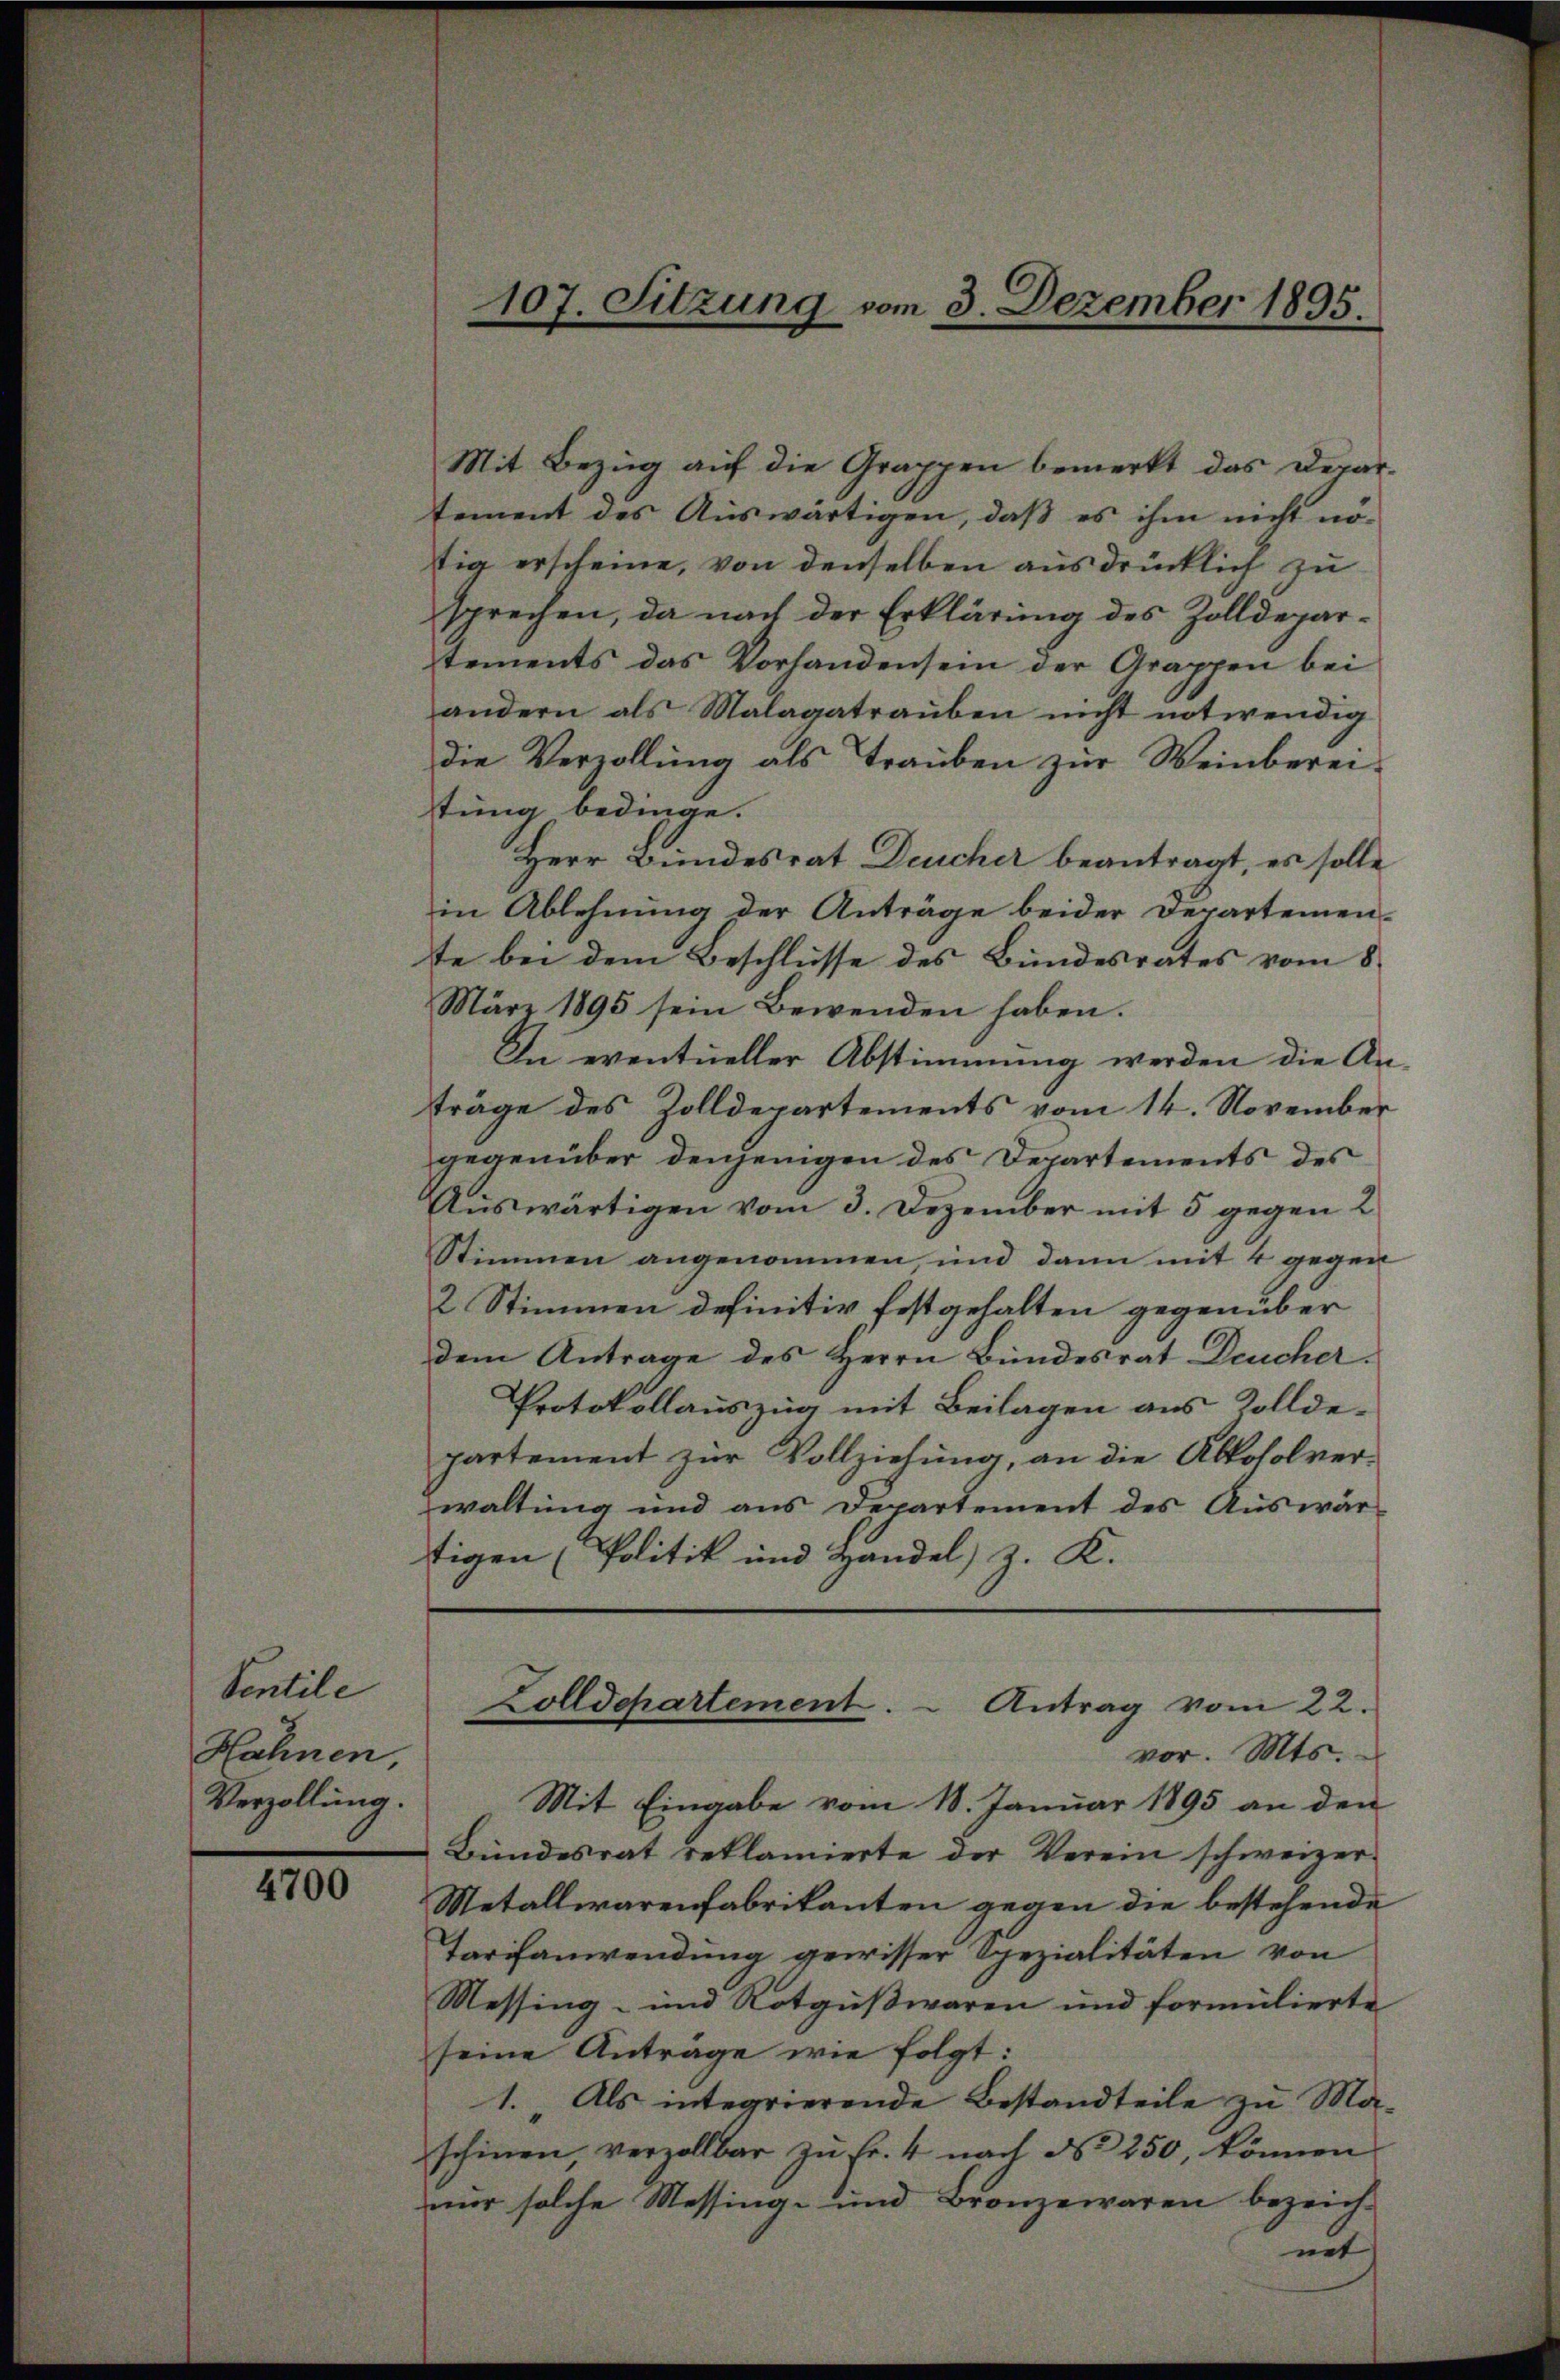
Sentile
Hähnen,
Verzollung.

4700

107. Sitzung vom 3. Dezember 1895.

Mit Bezug auf die Grappen bemerkt das Departement des Auswärtigen, daß es ihm nicht nö-
tig erscheine, von denselben ausdrücklich zu
sprechen, da nach der Erklärung des Zolldepartements das Vorhandensein der Grappen bei
andern als Malagatrauben nicht notwendig
die Verzollŭng als Trauben zur Weinberei-
tung bedinge.
Herr Bundesrat Deucher beantragt, es solle
in Ablehnung der Anträge beider Departemente bei dem Beschlüsse des Bundesrates vom 8.
März 1895 sein Bewenden haben.
In eventueller Abstimmung werden die Anträge des Zolldepartements vom 14. November
gegenüber denjenigen des Departements des
Auswärtigen vom 3. Dezember mit 5 gegen 2
Stimmen angenommen, und dann mit 4 gegen
2 Stimmen definitiv festgehalten gegenüber
dem Antrage des Herrn Bundesrat Deucher¬
Protokollauszug mit Beilagen aus Zollde-
partement zur Vollziehung, an die Alkoholverwaltung und aus Departement des Auswär-
tigen (Politik und Handel) z. K.
Zolldepartement. - Antrag vom 22.
vor. Mts.
Mit Eingabe vom 18. Januar 1895 an den
Bundesrat reklamierte der Verein schweizer-
Metalliarenfabrikanten gegen die bestehende
Tarifanwendung gewisser Spezialitäten von
Messing- und Rotgußwaren und formulierte
seine Antrage wie folgt:
1. Als integrierende Bestandteile zu Ma-
schinen, verzollbar zŭ Fr. 4 nach No 250, können
nur solche Messinge und Bronzewaren bezeichmit